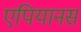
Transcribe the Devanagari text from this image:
एपियानस